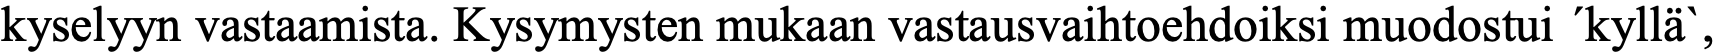
kyselyyn vastaamista. Kysymysten mukaan vastausvaihtoehdoiksi muodostui ´kyllä`,